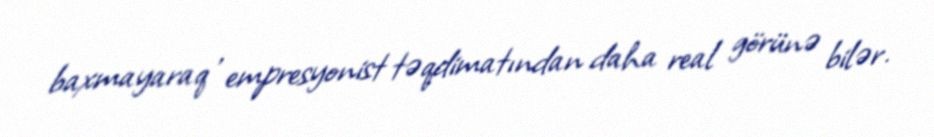
baxmayaraq , empresyonist təqdimatından daha real görünə bilər.